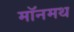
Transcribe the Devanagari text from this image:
मॉनमथ